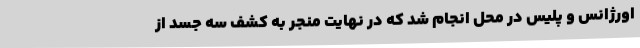
اورژانس و پلیس در محل انجام شد که در نهایت منجر به کشف سه جسد از